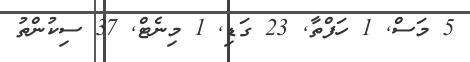
5 މަސް